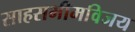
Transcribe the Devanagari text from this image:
साहसभीमविजय